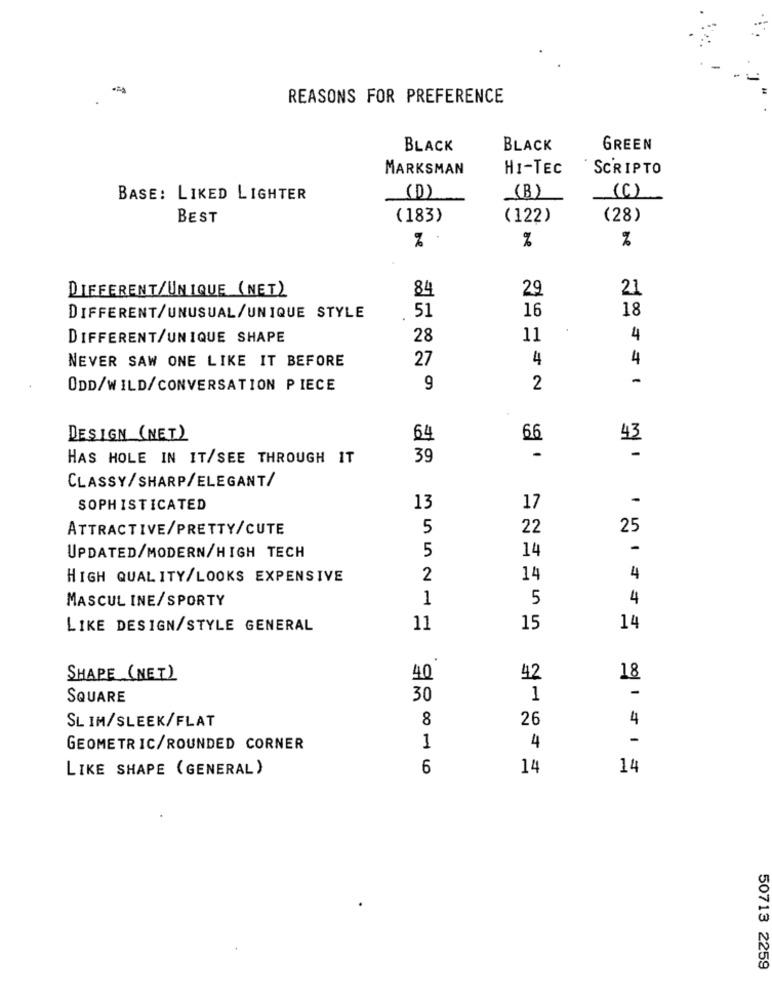
-
REASONS FOR PREFERENCE
BLACK
BLACK
GREEN
MARKSMAN
HI-TEC
SCRIPTO
(B)
BASE: LIKED LIGHTER
(D)
(C)
BEST
(183)
(122)
(28)
%
%
%
DIFFERENT/UNIQUE (NET)
84
29
21
51
16
18
DIFFERENT/UNUSUAL/UNIQUE STYLE
DIFFERENT/UNIQUE SHAPE
28
11
4
NEVER SAW ONE LIKE IT BEFORE
27
4
4
ODD/WILD/CONVERSATION PIECE
9
2
DESIGN (NET)
64
66
43
-
HAS HOLE IN IT/SEE THROUGH IT
39
CLASSY/SHARP/ELEGANT/
13
-
SOPHISTICATED
17
ATTRACTIVE/PRETTY/CUTE
5
22
25
5
14
-
UPDATED/MODERN/HIGH TECH
HIGH QUALITY/LOOKS EXPENSIVE
2
14
4
MASCUL INE/SPORTY
1
5
4
LIKE DESIGN/STYLE GENERAL
11
15
14
SHAPE (NET)
40
42
18
-
SQUARE
30
1
8
26
4
SLIM/SLEEK/FLAT
-
GEOMETRIC/ROUNDED CORNER
1
4
LIKE SHAPE (GENERAL)
6
14
14
50713 2259